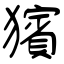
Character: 獱